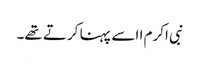
نبی اکرم ا اسے پہنا کرتے تھے۔